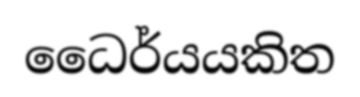
ධෛර්යයකිත